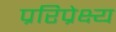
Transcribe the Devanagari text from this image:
प्ररिप्रेक्ष्य